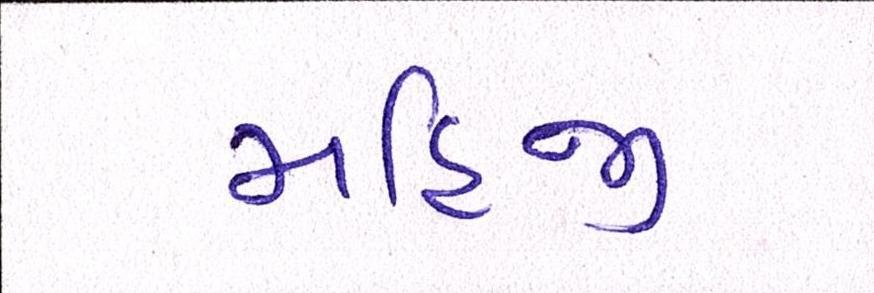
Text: મહિજી